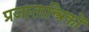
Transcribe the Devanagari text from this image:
प्रजातान्त्रिकों